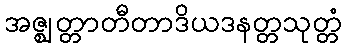
အဇ္ဈတ္တာတီတာဒိယဒနတ္တသုတ္တံ